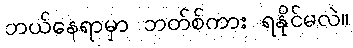
ဘယ်နေရာမှာ ဘတ်စ်ကား ရနိုင်မလဲ။